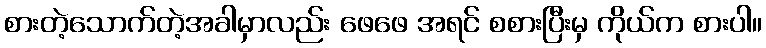
စားတဲ့သောက်တဲ့အခါမှာလည်း ဖေဖေ အရင် စစားပြီးမှ ကိုယ်က စားပါ။